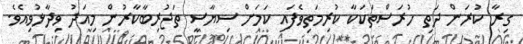
ގިރާ ކުރަން ދަތި ހުރަސްތަކަކާ ކުރިމަތިވެފައި ކަމަށް ސިޔާސީ ތަޖުރިބާކާރުން މިއަދު ވިދާޅުވިއެވެ.